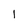
Character: I